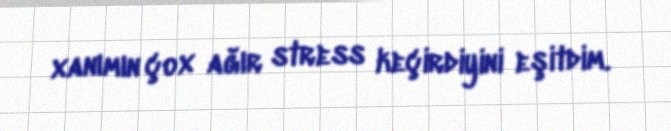
xanımın çox ağır stress keçirdiyini eşitdim.